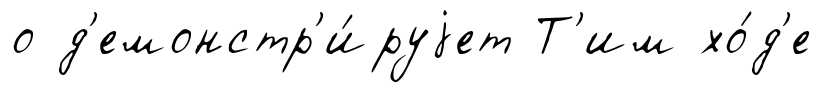
о д'емонстр'и́руjет Т'им хо́д'е